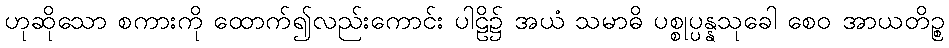
ဟုဆိုသော စကားကို ထောက်၍လည်းကောင်း ပါဠိ၌ အယံ သမာဓိ ပစ္စုပ္ပန္နသုခေါ စေဝ အာယတိဉ္စ